Vaccination in Bombay 1874-1876 - 1874-1876
Year: 1874
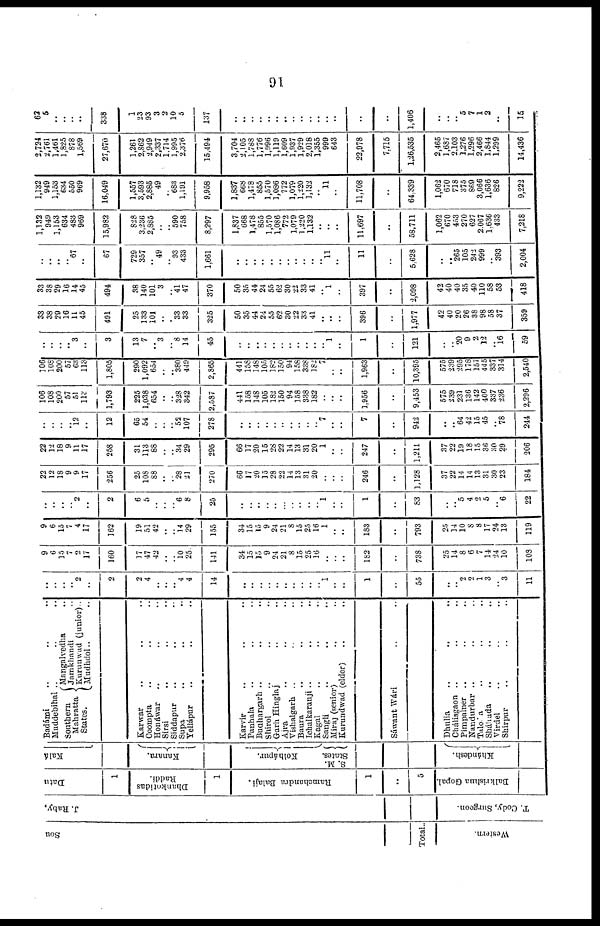
91
Sou
Total..
Western.
J. Raby,
T. Cody, Surgeon.
Datu
1
Dhankotidas
Raddi.
1
Ramchandra Balaji.
1
5
Balkrishana Gopal.
Kalá
Kanara.
Kolhápur.
S. M.
States.
Khándesh.
Badámi .. .. ..
Muddebihal .. .. ..
Southern
Mahratta
States.
Mangalvedha ..
Jamkhandi ..
Kurunwad (junior) ..
Mudhdol.. ..
Karwar .. .. ..
Coompta .. .. ..
Honáwar .. .. ..
Sirsi .. .. ..
Siddapur . . . . . .
Supa .. .. ..
Yellápur .. .. ..
Karvir .. .. ..
Panhala .. .. ..
Buahargarh .. .. ..
Shirol .. .. ..
Garh Hinglaj .. .. ..
Ajra .. .. ..
Vishalgarh .. .. ..
Baura .. .. ..
Ichalkaranji .. .. ..
Kagal .. .. ..
Sangli .. .. ..
Miraj (senior) .. .. ..
Kurundwad (elder) .. ..
Sáwant Wári .. ..
Dhulia .. .. ..
Chálisgaon .. .. ..
Pimpalner .. .. ..
Nandurbar .. .. ..
Taloda .. .. ..
Sháhada .. .. ..
Virdel .. .. ..
Shirpur .. .. ..
..
..
..
..
2
..
2
2
4
..
..
..
4
4
14
..
..
..
..
..
..
..
..
..
..
1
..
..
1
..
55
..
..
2
2
1
3
..
3
11
9
6
15
7 2
17
160
17
47
42
..
..
10
25
141
34
15
15
9
24
21
8
15
25
16
..
..
..
182
..
738
25
14
8
6
..
14
24
10
108
9
6
15
7 4
17
162
19
51
42
..
..
14
29
155
34
15
15
9
24
21
8
15
25
16
1
..
..
183
..
793
25
14
10
8
8
17
24
13
119
..
..
..
..
2
..
2
6
5
..
..
..
6 8
25
..
..
..
..
..
..
..
..
..
..
1
..
..
1
..
83
..
..
5
4
2
5
..
6
22
22
12
18
9
9
17
256
25
108
88
..
..
28
21
270
66
17 20
15
28
22
14
13
31
20
..
..
..
246
..
1,128
37
22
14
14
13
31
30
23
184
22
12
18
9
11
17
258
31
113
88
..
..
34
29
295
66
17
20
15
28
22
14
13
31
20
1
..
..
247
..
1,211
37
22
19
18
15
36
30
29
206
..
..
..
..
12
..
12
65
54
..
..
..
52
107
278
..
..
..
..
..
..
..
..
..
..
7
..
..
7
..
942
..
..
64
42
15
45
..
78
244
106
108
200
57
51
113
1,793
225
1,038
654
..
..
328
342
2,587
441
158
148
105
182
150
94
158
338
182
..
..
..
1,956
..
9,453
575
239
231
136
142
400
337
236
2,296
106
108
200
57
63
113
1,805
290
1,092
654
..
..
380
449
2,865
441
158
148
105
182
150
94
158
338
182
..
..
..
1,963
..
10,395
575
239
295
178
157
445
337
314
2,540
..
..
..
..
3
..
3
13
7
..
3
..
8
14
45
..
..
..
..
..
..
..
..
..
..
..
1
..
1
..
121
..
..
20
9
2
12
..
16
59
33
38
29
16
11
45
491
25
133
101
..
..
33
33
325
50
35
44
24
55
62
30
22
33
41
..
..
..
396
..
1,977
42
40
20
26
38
98
58
37
359
33
38
29
16
14
45
494
38
140
101
3
..
41
47
370
50
35
44
24
55
62
30
22
33
41
..
1
..
397
..
2,098
42
40
40
35
40
110
58
53
418
..
..
..
..
67
..
67
729
357
..
49
..
93
433
1,661
..
..
..
..
..
..
..
..
..
..
..
11
..
11
..
5,628
..
..
265
105
242
999
..
393
2,004
1,132
949
1,153
634
483
969
15,982
828
3,236
2,885
..
..
590
758
8,297
1,837
668
1,478
855
1,570
1,086
772
1,079
1,220
1,132
..
..
..
11,697
..
58,711
1,062
670
453
270
627
2,067
1,636
433
7,218
1,132
949
1,153
634
550
969
16,049
1,557
3,593
2,885
49
..
683 1,191
9,958
1,837
668
1,478
855
1,570
1,086
772
1,079
1,220
1,132
..
11
..
11,708
..
64,339
1,062
670
718
375
869
3,066
1,636
826
9,222
2,724
2,761
1,461
1,825
878
1,569
27,670
1,261
2,862
2,949
2,337
1,714
1,995
2,376
15,494
3,704
2,105
1,788
1,776
1,996
1,119
1,609
1,937
1,929
2,018
1,355
999
643
22,978
7,715
1,26,535
2,465
1,687
2,103
1,276
1,296
2,466
1,844
1,299
14,436
62
5
..
..
..
..
338
1
23
93
3
2
10 5
137
..
..
..
..
..
..
..
..
..
.. ..
..
..
..
..
1,406
..
..
..
5
7
1
2
..
15